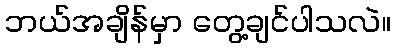
ဘယ်အချိန်မှာ တွေ့ချင်ပါသလဲ။